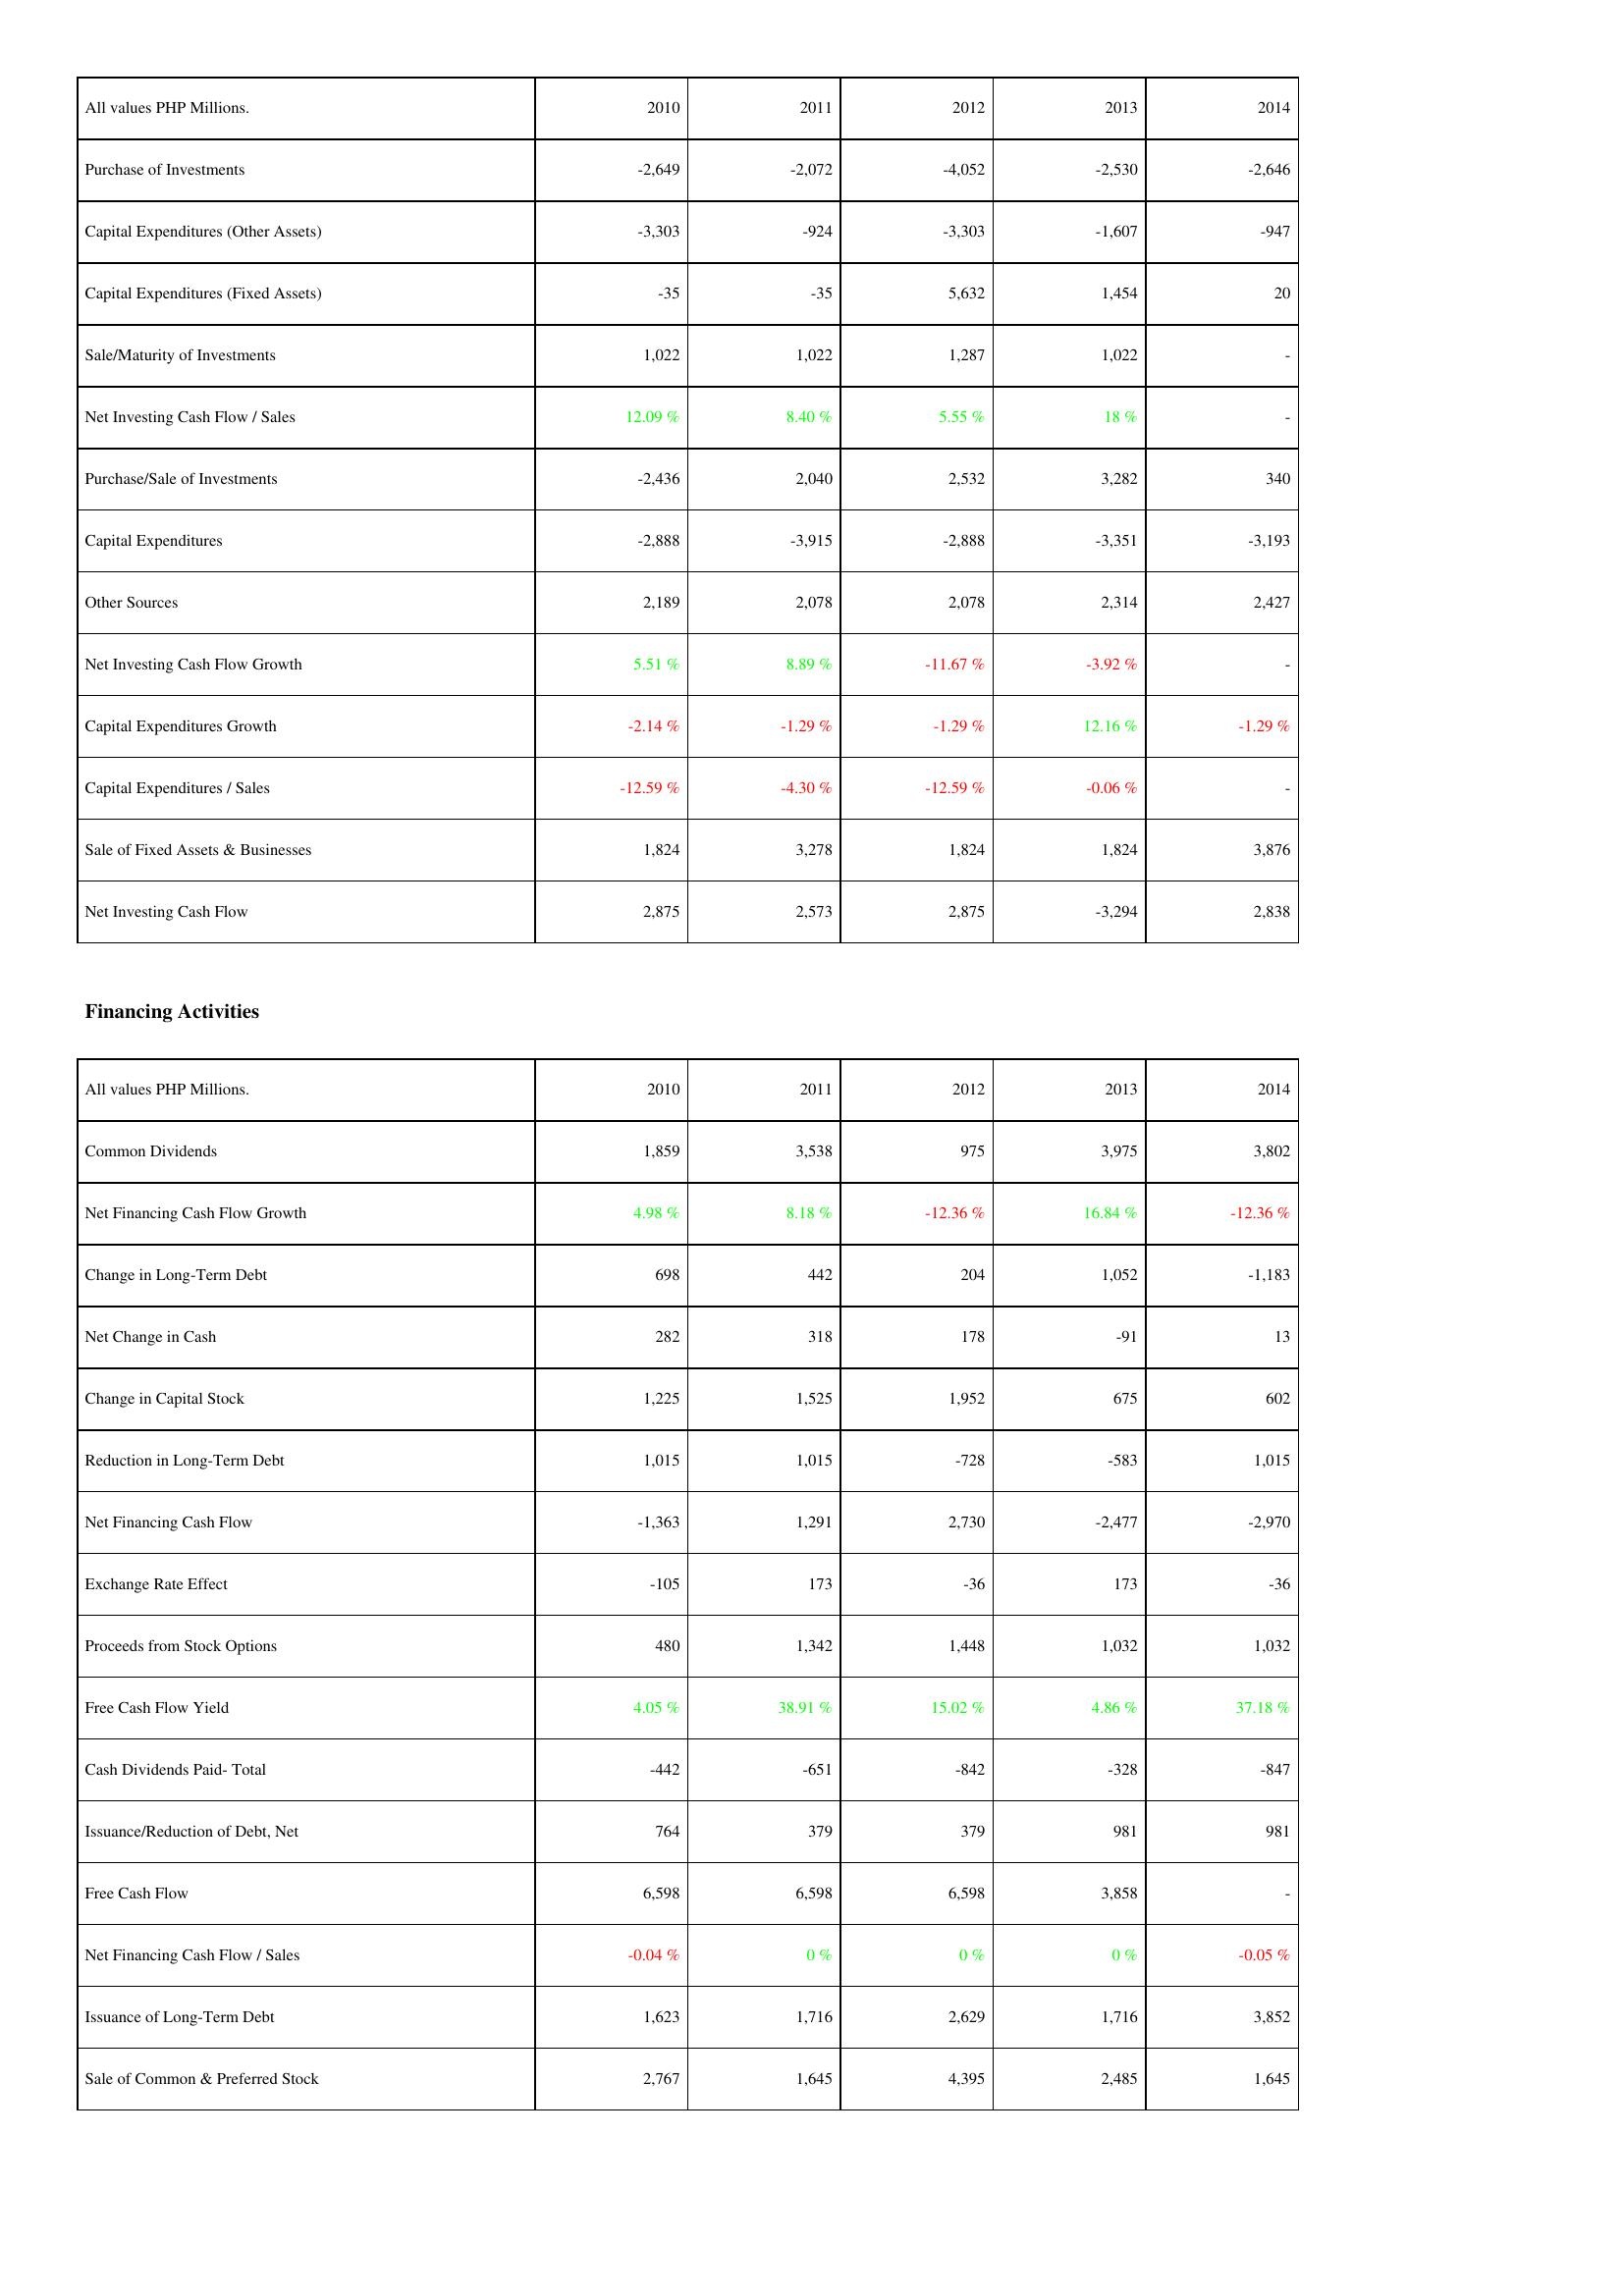
2010: Investing Activities: Purchase of Investments: -2,649
Capital Expenditures (Other Assets): -3,303
Capital Expenditures (Fixed Assets): -35
Sale/Maturity of Investments: 1,022
Net Investing Cash Flow / Sales: 12.09 %
Purchase/Sale of Investments: -2,436
Capital Expenditures: -2,888
Other Sources: 2,189
Net Investing Cash Flow Growth: 5.51 %
Capital Expenditures Growth: -2.14 %
Capital Expenditures / Sales: -12.59 %
Sale of Fixed Assets & Businesses: 1,824
Net Investing Cash Flow: 2,875
Financing Activities: Common Dividends: 1,859
Net Financing Cash Flow Growth: 4.98 %
Change in Long-Term Debt: 698
Net Change in Cash: 282
Change in Capital Stock: 1,225
Reduction in Long-Term Debt: 1,015
Net Financing Cash Flow: -1,363
Exchange Rate Effect: -105
Proceeds from Stock Options: 480
Free Cash Flow Yield: 4.05 %
Cash Dividends Paid- Total: -442
Issuance/Reduction of Debt, Net: 764
Free Cash Flow: 6,598
Net Financing Cash Flow / Sales: -0.04 %
Issuance of Long-Term Debt: 1,623
Sale of Common & Preferred Stock: 2,767
2011: Investing Activities: Purchase of Investments: -2,072
Capital Expenditures (Other Assets): -924
Capital Expenditures (Fixed Assets): -35
Sale/Maturity of Investments: 1,022
Net Investing Cash Flow / Sales: 8.40 %
Purchase/Sale of Investments: 2,040
Capital Expenditures: -3,915
Other Sources: 2,078
Net Investing Cash Flow Growth: 8.89 %
Capital Expenditures Growth: -1.29 %
Capital Expenditures / Sales: -4.30 %
Sale of Fixed Assets & Businesses: 3,278
Net Investing Cash Flow: 2,573
Financing Activities: Common Dividends: 3,538
Net Financing Cash Flow Growth: 8.18 %
Change in Long-Term Debt: 442
Net Change in Cash: 318
Change in Capital Stock: 1,525
Reduction in Long-Term Debt: 1,015
Net Financing Cash Flow: 1,291
Exchange Rate Effect: 173
Proceeds from Stock Options: 1,342
Free Cash Flow Yield: 38.91 %
Cash Dividends Paid- Total: -651
Issuance/Reduction of Debt, Net: 379
Free Cash Flow: 6,598
Net Financing Cash Flow / Sales: 0 %
Issuance of Long-Term Debt: 1,716
Sale of Common & Preferred Stock: 1,645
2012: Investing Activities: Purchase of Investments: -4,052
Capital Expenditures (Other Assets): -3,303
Capital Expenditures (Fixed Assets): 5,632
Sale/Maturity of Investments: 1,287
Net Investing Cash Flow / Sales: 5.55 %
Purchase/Sale of Investments: 2,532
Capital Expenditures: -2,888
Other Sources: 2,078
Net Investing Cash Flow Growth: -11.67 %
Capital Expenditures Growth: -1.29 %
Capital Expenditures / Sales: -12.59 %
Sale of Fixed Assets & Businesses: 1,824
Net Investing Cash Flow: 2,875
Financing Activities: Common Dividends: 975
Net Financing Cash Flow Growth: -12.36 %
Change in Long-Term Debt: 204
Net Change in Cash: 178
Change in Capital Stock: 1,952
Reduction in Long-Term Debt: -728
Net Financing Cash Flow: 2,730
Exchange Rate Effect: -36
Proceeds from Stock Options: 1,448
Free Cash Flow Yield: 15.02 %
Cash Dividends Paid- Total: -842
Issuance/Reduction of Debt, Net: 379
Free Cash Flow: 6,598
Net Financing Cash Flow / Sales: 0 %
Issuance of Long-Term Debt: 2,629
Sale of Common & Preferred Stock: 4,395
2013: Investing Activities: Purchase of Investments: -2,530
Capital Expenditures (Other Assets): -1,607
Capital Expenditures (Fixed Assets): 1,454
Sale/Maturity of Investments: 1,022
Net Investing Cash Flow / Sales: 18 %
Purchase/Sale of Investments: 3,282
Capital Expenditures: -3,351
Other Sources: 2,314
Net Investing Cash Flow Growth: -3.92 %
Capital Expenditures Growth: 12.16 %
Capital Expenditures / Sales: -0.06 %
Sale of Fixed Assets & Businesses: 1,824
Net Investing Cash Flow: -3,294
Financing Activities: Common Dividends: 3,975
Net Financing Cash Flow Growth: 16.84 %
Change in Long-Term Debt: 1,052
Net Change in Cash: -91
Change in Capital Stock: 675
Reduction in Long-Term Debt: -583
Net Financing Cash Flow: -2,477
Exchange Rate Effect: 173
Proceeds from Stock Options: 1,032
Free Cash Flow Yield: 4.86 %
Cash Dividends Paid- Total: -328
Issuance/Reduction of Debt, Net: 981
Free Cash Flow: 3,858
Net Financing Cash Flow / Sales: 0 %
Issuance of Long-Term Debt: 1,716
Sale of Common & Preferred Stock: 2,485
2014: Investing Activities: Purchase of Investments: -2,646
Capital Expenditures (Other Assets): -947
Capital Expenditures (Fixed Assets): 20
Sale/Maturity of Investments: -
Net Investing Cash Flow / Sales: -
Purchase/Sale of Investments: 340
Capital Expenditures: -3,193
Other Sources: 2,427
Net Investing Cash Flow Growth: -
Capital Expenditures Growth: -1.29 %
Capital Expenditures / Sales: -
Sale of Fixed Assets & Businesses: 3,876
Net Investing Cash Flow: 2,838
Financing Activities: Common Dividends: 3,802
Net Financing Cash Flow Growth: -12.36 %
Change in Long-Term Debt: -1,183
Net Change in Cash: 13
Change in Capital Stock: 602
Reduction in Long-Term Debt: 1,015
Net Financing Cash Flow: -2,970
Exchange Rate Effect: -36
Proceeds from Stock Options: 1,032
Free Cash Flow Yield: 37.18 %
Cash Dividends Paid- Total: -847
Issuance/Reduction of Debt, Net: 981
Free Cash Flow: -
Net Financing Cash Flow / Sales: -0.05 %
Issuance of Long-Term Debt: 3,852
Sale of Common & Preferred Stock: 1,645